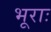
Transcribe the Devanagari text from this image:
भूराः